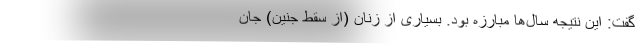
گفت: این نتیجه سال‌ها مبارزه بود. بسیاری از زنان (از سقط جنین) جان